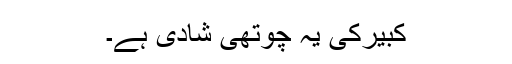
کبیرکی یہ چوتھی شادی ہے۔